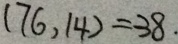
( 7 6 , 1 4 ) = 3 8 .